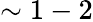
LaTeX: \sim 1-2